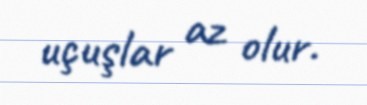
uçuşlar az olur.